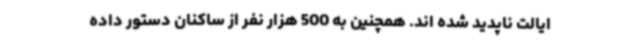
ایالت ناپدید شده اند. همچنین به 500 هزار نفر از ساکنان دستور داده